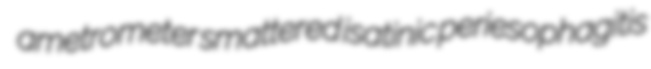
ametrometer smattered isatinic periesophagitis